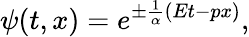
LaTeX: \psi(t,x)=e^{\pm\frac{1}{\alpha}(Et-px)},